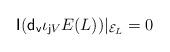
LaTeX: \begin{align*}{\sf I}({\sf d_v}\iota_{{\sf j}V}E(L))\vert_{{\cal E}_L}=0\end{align*}